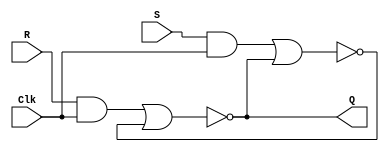
module latch_RS_gates(
	input Clk,R,S,
	output Q);
   wire R_g,S_g,Qa,Qb;
	and (R_g,R,Clk);
	and (S_g,S,Clk);
	nor (Qa,R_g,Qb);
	nor (Qb,S_g,Qa);
	assign Q=Qa;
endmodule